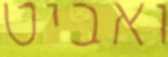
ואביט